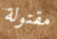
مقتولة